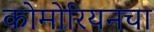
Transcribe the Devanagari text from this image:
कोमोरियनचा